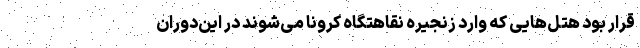
قرار بود هتل‌هایی که وارد زنجیره نقاهتگاه کرونا می‌شوند در این‌دوران